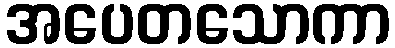
အပေတသောကာ